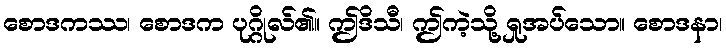
စောဒကဿ၊ စောဒက ပုဂ္ဂိုလ်၏။ ဤဒိသီ၊ ဤကဲ့သို့ ရှုအပ်သော။ စောဒနာ၊